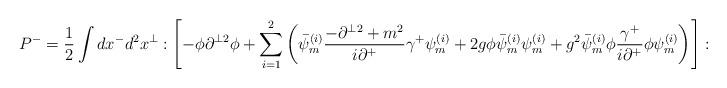
LaTeX: \begin{align*}P^-=\frac{1}{2}\int dx^-d^2x^\perp : \left[ -\phi\partial^{\perp2}\phi +\sum_{i=1}^2\left( \bar\psi_{m}^{(i)}\frac{-\partial^{\perp2}+m^2}{i\partial^+}\gamma^+\psi_{m}^{(i)}+ 2g\phi \bar \psi_{m}^{(i)} \psi_{m}^{(i)} +g^2 \bar\psi_{m}^{(i)}\phi \frac{\gamma^+}{i\partial^+}\phi \psi_{m}^{(i)}\right)\right]:\;.\end{align*}